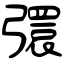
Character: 彋